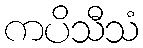
ကပိသီသံ